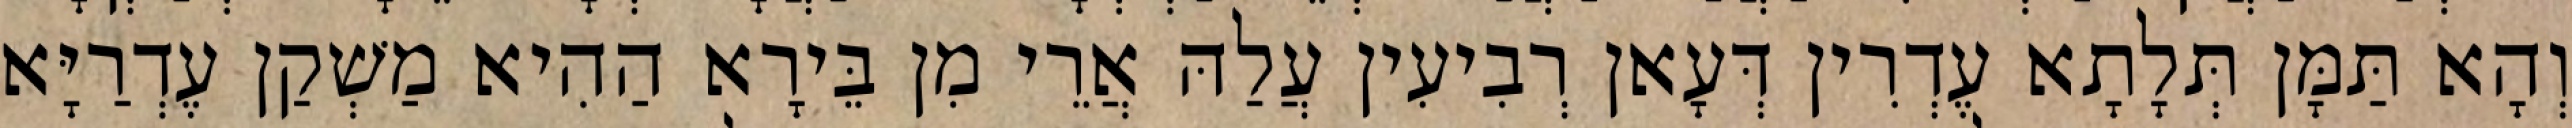
וְהָא תַּמָּן תְּלָתָא עֶדְרִין דְּעָאן רְבִיעִין עֲלַהּ אֲרֵי מִן בֵּירָא הַהִיא מַשְׁקַן עֶדְרַיָּא